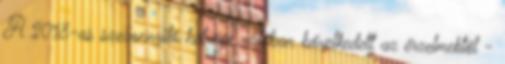
A 2018-as szezonnyitó hétvége valóban bővelkedett az érzelmektől -